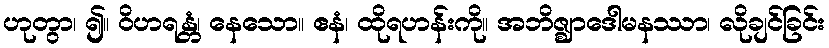
ဟုတွာ၊ ၍။ ဝိဟရန္တံ၊ နေသော။ ဧနံ၊ ထိုရဟန်းကို။ အဘိဇ္ဈာဒေါမနဿာ၊ လိုချင်ခြင်း